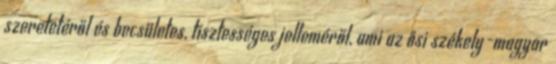
szeretetéről és becsületes, tisztességes jelleméről, ami az ősi székely-magyar